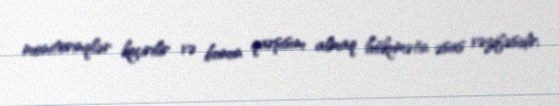
monitorinqlər keçirilir və bunun qarşısını almaq hökumətin əsas vəzifəsidir.